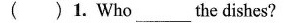
( )1. Who____the dishes?